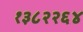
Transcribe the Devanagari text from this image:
१३८२२६४